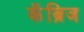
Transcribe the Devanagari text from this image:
कॅंब्रिज